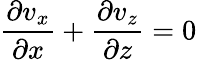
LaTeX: \frac{\partial v_{x}}{\partial x}+\frac{\partial v_{z}}{\partial z}=0